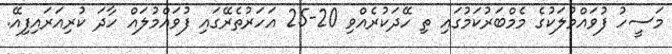
މަސީހު ފުވައްމުލަކުގެ މެމްބަރުކަމުގައި ތި ހޭދަކުރެއްވި 20-25 އަހަރުތެރޭގައި ފުވައްމުލައް ހާދަ ކުރިއަރައިފިއޭ.